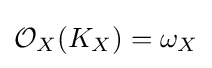
{\mathcal {O}}_{X}(K_{X})=\omega _{X}